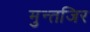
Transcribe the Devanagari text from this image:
मुन्तजिर